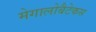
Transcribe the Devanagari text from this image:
मेगालोबैटेकस